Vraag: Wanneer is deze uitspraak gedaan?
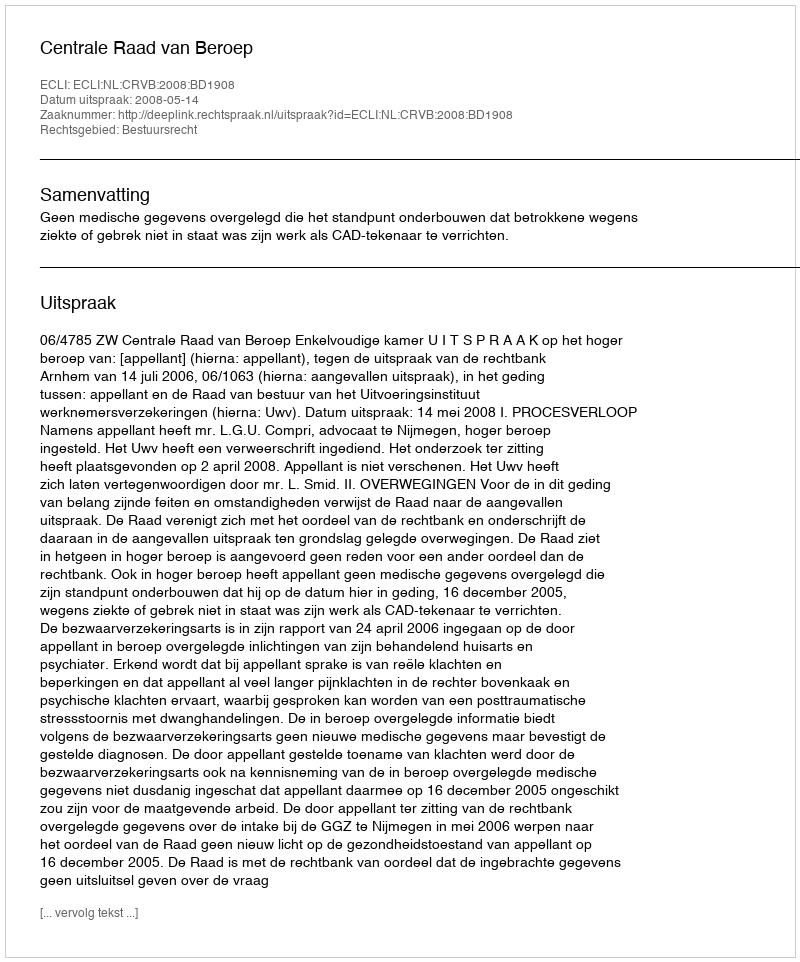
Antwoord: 2008-05-14